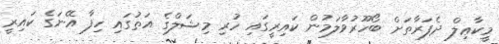
މީކާޢިލް ދެފަރާތަށް ބޯހޫރުވާލަމުން ކައިރީގައި ހުރި މިޝަލްގެ އަތުގައި ހިފާ އޭނަގެ ކައިރީ